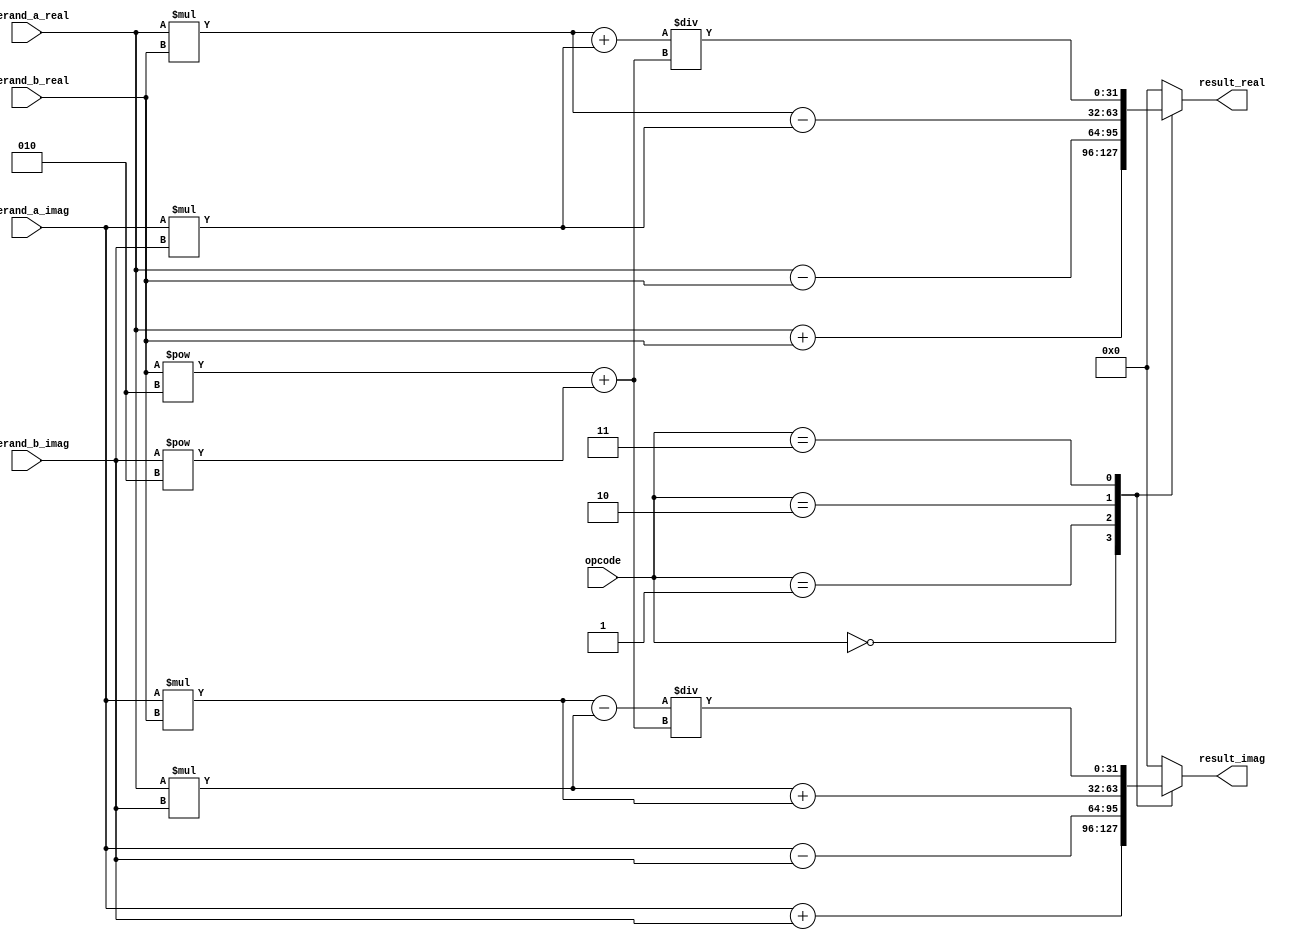
module extended_precision_fpu (
  input wire [31:0] operand_a_real,
  input wire [31:0] operand_a_imag,
  input wire [31:0] operand_b_real,
  input wire [31:0] operand_b_imag,
  input wire [2:0] opcode,
  output reg [31:0] result_real,
  output reg [31:0] result_imag
);

// Adder block
always @(*) begin
  case(opcode)
    3'b000: begin // Addition
      result_real = operand_a_real + operand_b_real;
      result_imag = operand_a_imag + operand_b_imag;
    end
    
    3'b001: begin // Subtraction
      result_real = operand_a_real - operand_b_real;
      result_imag = operand_a_imag - operand_b_imag;
    end
    
    3'b010: begin // Multiplication
      result_real = operand_a_real * operand_b_real - operand_a_imag * operand_b_imag;
      result_imag = operand_a_real * operand_b_imag + operand_a_imag * operand_b_real;
    end
    
    3'b011: begin // Division
      result_real = (operand_a_real * operand_b_real + operand_a_imag * operand_b_imag) / (operand_b_real**2 + operand_b_imag**2);
      result_imag = (operand_a_imag * operand_b_real - operand_a_real * operand_b_imag) / (operand_b_real**2 + operand_b_imag**2);
    end
    
    default: begin
      result_real = 32'h00000000;
      result_imag = 32'h00000000;
    end
  endcase
end

endmodule